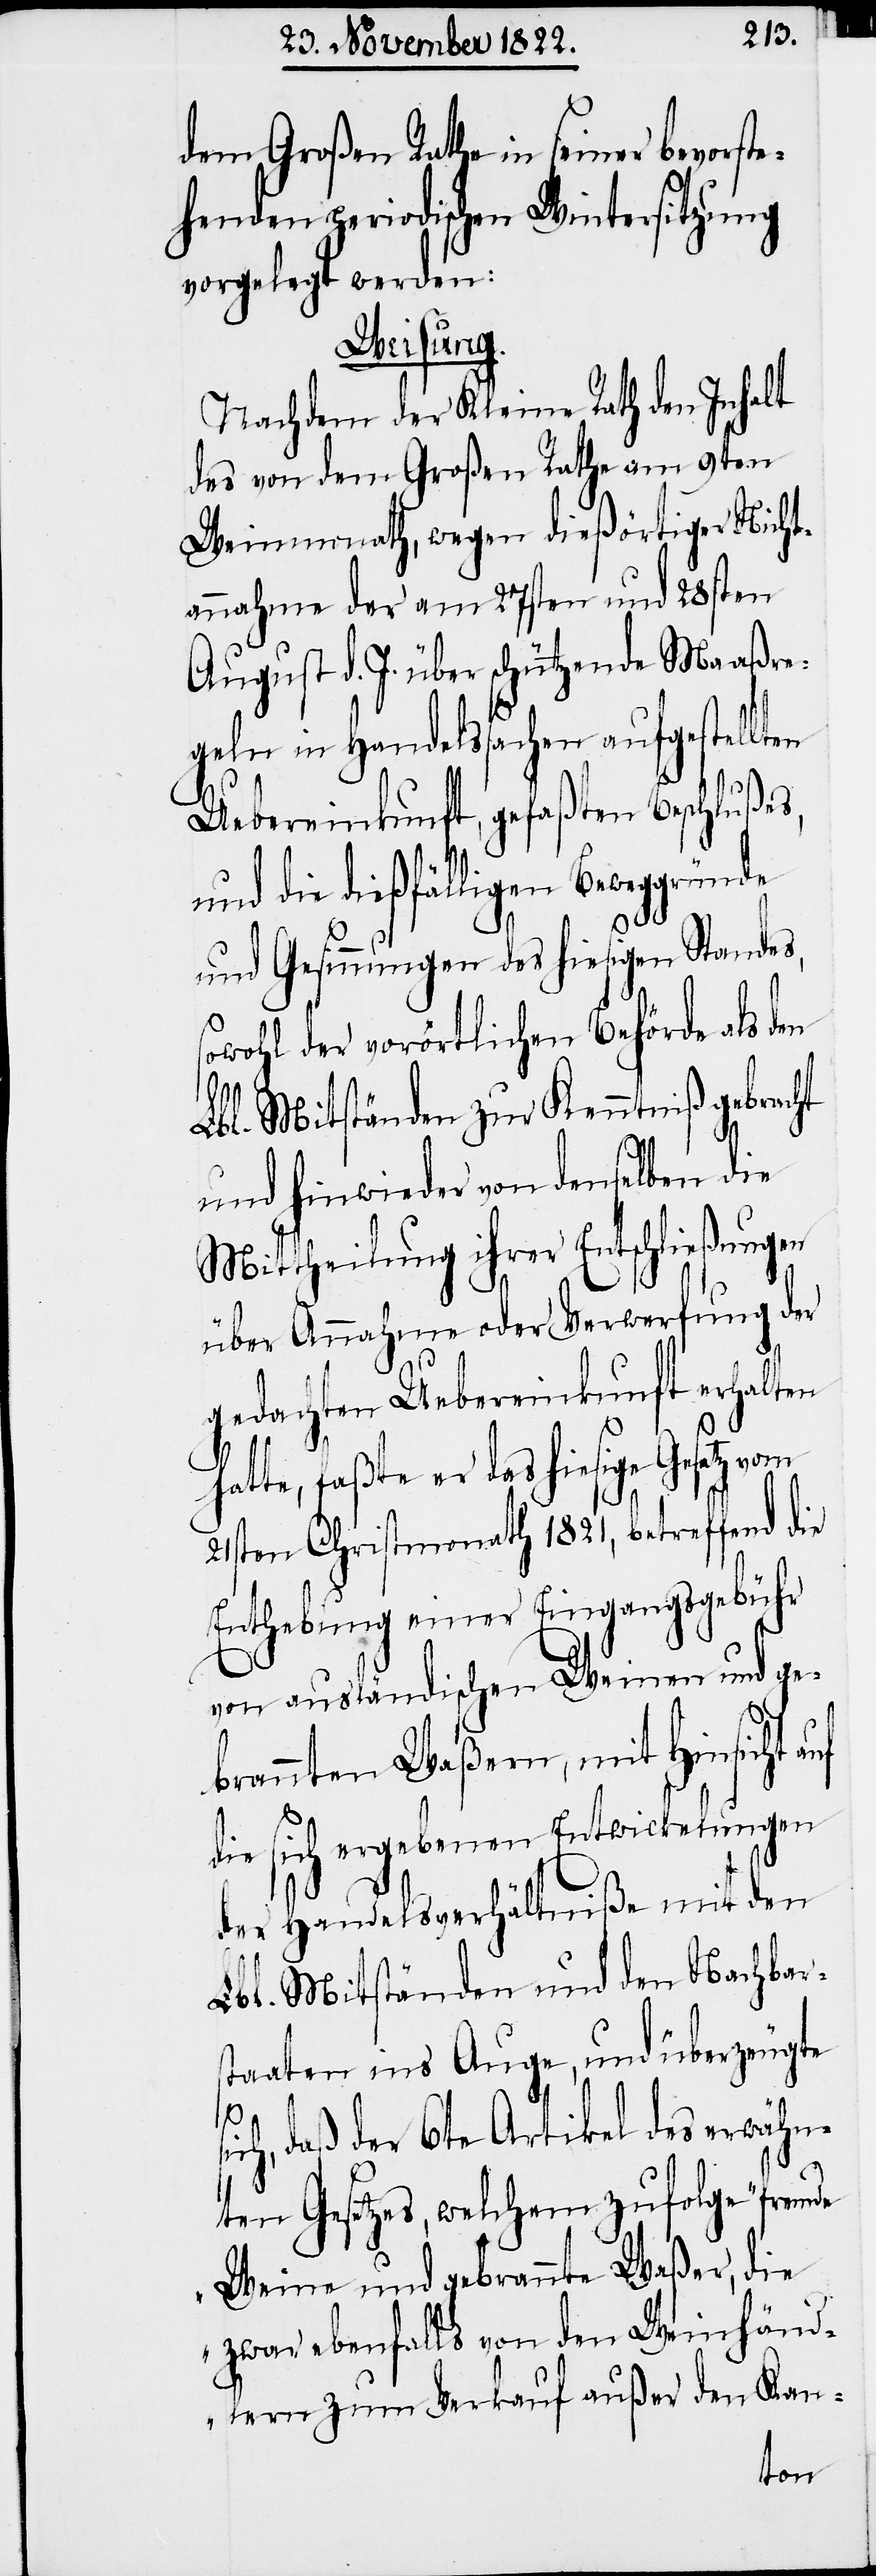
dem Großen Rathe in seiner bevorst¬
ehenden periodischen Wintersitzung
vorgelegt werden:
Weisung.
Nachdem der Kleine Rath den Inhalt
des von dem Großen Rathe am 9ten
Weinmonath, wegen dießörtiger Nicht¬
annahme der am 27sten und 28sten
August d. J. über schützende Maaßre¬
geln in Handelssachen aufgestellten
Uebereinkunft, gefaßten Beschlußes,
und die dießfälligen Beweggründe
und Gesinnungen des hiesigen Standes,
wohl der vorörtlichen Behörde als den
Lbl. Mitständen zur Kenntniß gebracht
und hinwieder von denselben die
Mittheilung ihrer Entschließungen
über Annahme oder Verwerfung der
gedachten Uebereinkunft erhalten
hatte, faßte er das hiesige Gesetz
21sten Christmonath 1821, betreffend die
Enthebung einer Eingangsgebühr
von ausländischen Weinen und ge¬
brannten Waßern, mit Hinsicht
die sich ergebenen Entwickelungen
der Handelsverhältniße mit den
Lbl. Mitständen und den Nachbars¬
taaten ins Auge, und überzeugte
sic¬
h, daß der 6te Artikel des erwähn¬
so¬
ten Gesetzes, welchem zufolge „fremde
Weine und gebrannte Waßer, die
zwar ebenfalls von den Weinhänd¬
lern zum Verkauf außer den Kan-